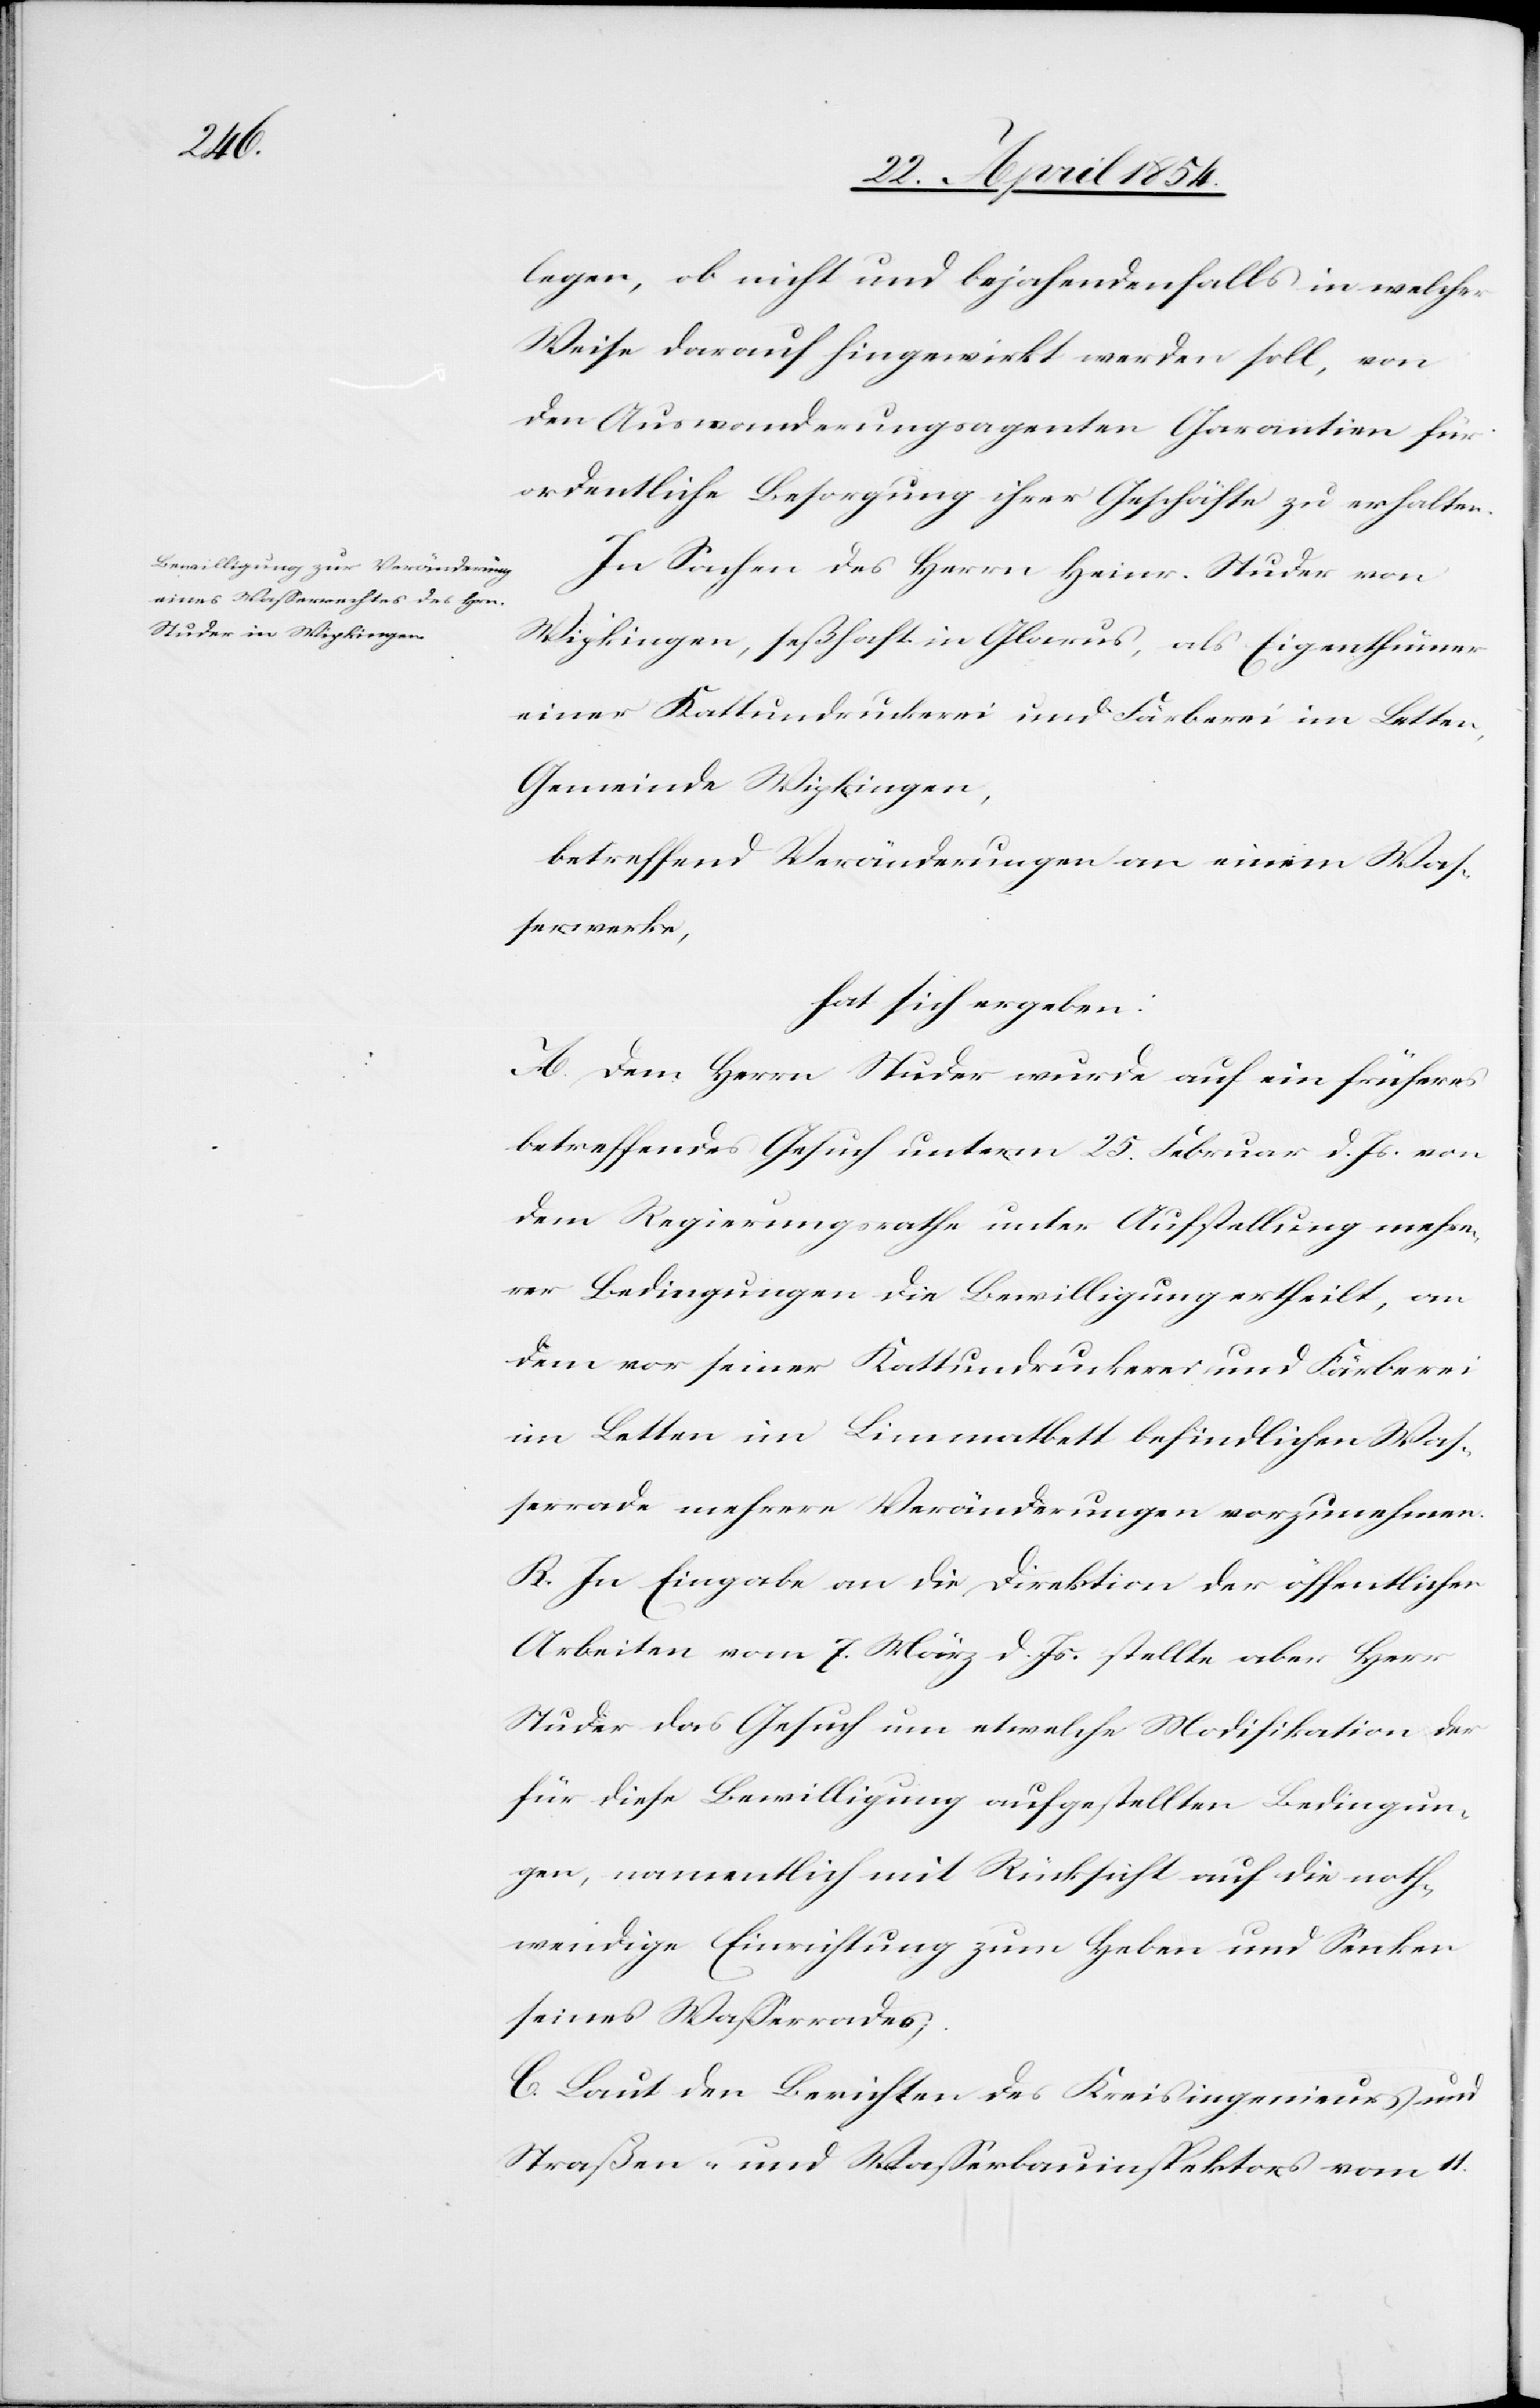
legen, ob nicht und bejahendenfalls in welcher
Weise darauf hingewirkt werden soll, von
den Auswanderungsagenten Garantien für
ordentliche Besorgung ihrer Geschäfte zu erhalten.
In Sachen des Herrn Heinr. Studer von
Wipkingen, seßhaft in Glarus, als Eigenthümer
einer Kattundruckerei und Färberei im Letten,
Gemeinde Wipkingen,
betreffend Veränderung an einem Waß¬
erwerke,
hat sich ergeben:
A. Dem Herrn Studer wurde auf ein früheres
betreffendes Gesuch unterm 25. Februar d. Js. von
dem Regierungsrathe unter Aufstellung mehre¬
rer Bedingungen die Bewilligung ertheilt, an
dem vor seiner Kattundruckerei und Färberei
im Letten im Limmatbett befindlichen Waß¬
errade mehrere Veränderungen vorzunehmen.
B. In Eingabe an die Direktion der öffentlichen
Arbeiten vom 7. März d. Js. stellte aber Herr
Studer das Gesuch um etwelche Modifikation der
für diese Bewilligung aufgestellten Bedingun¬
gen, namentlich mit Rücksicht auf die noth¬
wendige Einrichtung zum Heben und Senken
seines Waßerrades.
C. Laut den Berichten des Kreisingenieurs und
Straßen- und Waßerbauinspektors vom 11.